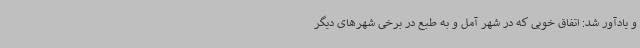
و یادآور شد:‌ اتفاق خوبی که در شهر آمل و به طبع در برخی شهرهای دیگر